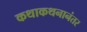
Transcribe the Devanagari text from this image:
कथाकथनानंतर